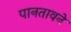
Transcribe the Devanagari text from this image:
पानतावने